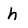
Character: h